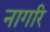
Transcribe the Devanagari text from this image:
नागरि